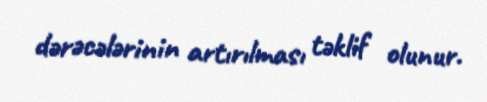
dərəcələrinin artırılması təklif olunur.